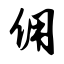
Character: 佣